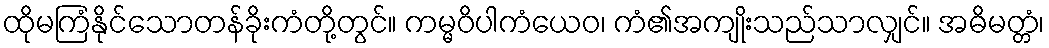
ထိုမကြံနိုင်သောတန်ခိုးကံတို့တွင်။ ကမ္မဝိပါကံယေဝ၊ ကံ၏အကျိုးသည်သာလျှင်။ အဓိမတ္တံ၊